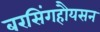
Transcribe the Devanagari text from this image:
बरसिंगहौयसन